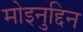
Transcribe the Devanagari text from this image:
मोइनुद्दिन